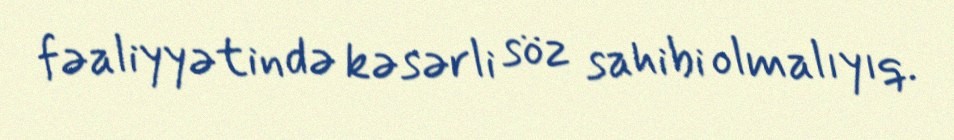
fəaliyyətində kəsərli söz sahibi olmalıyıq.